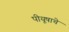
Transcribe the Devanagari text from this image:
पीयूषाचे